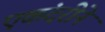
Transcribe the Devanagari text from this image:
एकंदरीने